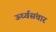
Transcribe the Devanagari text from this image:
ऊर्ध्वसंचार